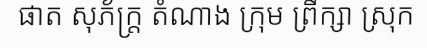
ផាត សុភ័ក្ត្រ តំណាង ក្រុម ព្រឹក្សា ស្រុក